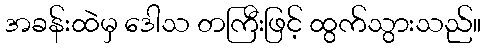
အခန်းထဲမှ ဒေါသ တကြီးဖြင့် ထွက်သွားသည်။